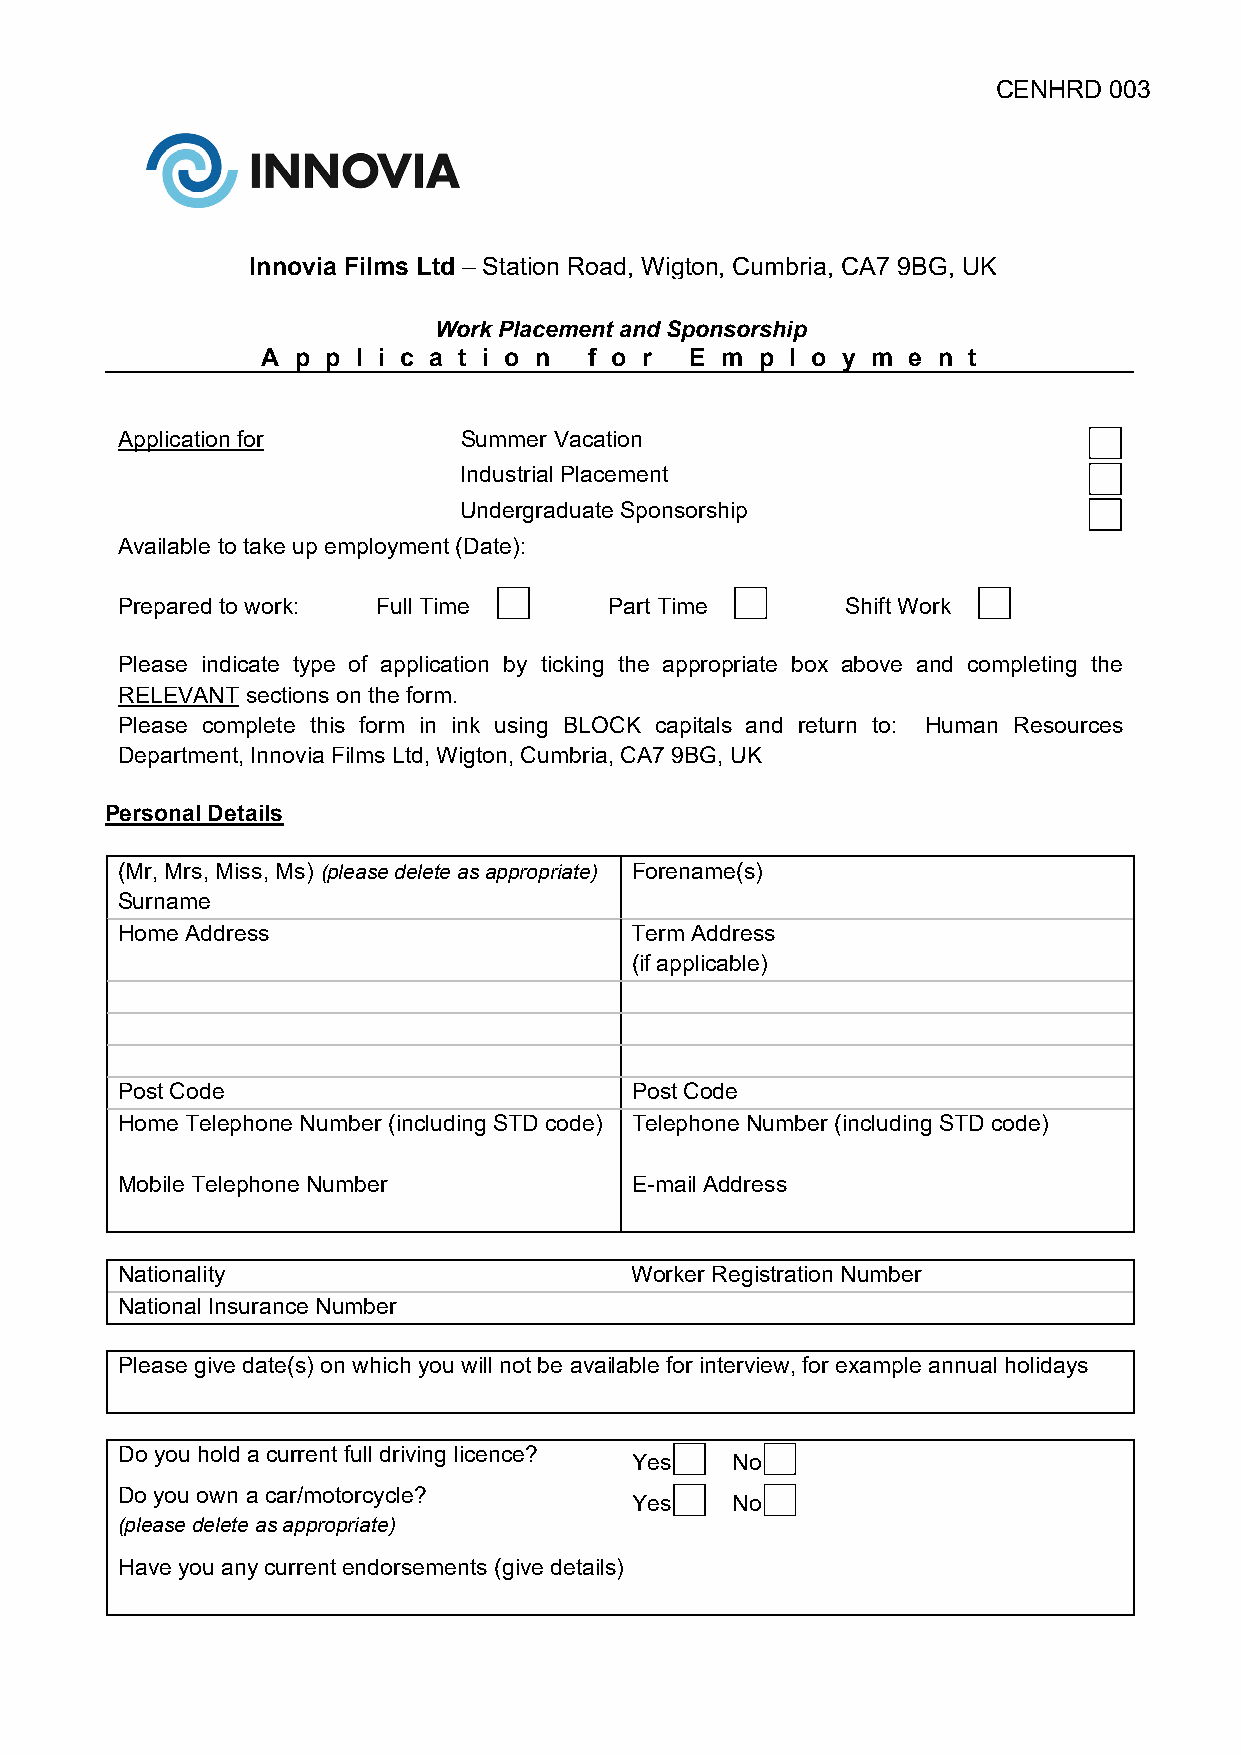
CENHRD 003
 Innovia Films Ltd – Station Road, Wigton, Cumbria, CA7 9BG, UK
 Work Placement and Sponsorship
 A p  p l i c a t i o n f o r E m p l o y m e n t
 Application for       Summer Vacation
 Industrial Placement
 Undergraduate Sponsorship
 Available to take up employment (Date):
 Prepared to work: Full Time     Part Time       Shift Work
 Please indicate type of application by ticking the appropriate box above and completing the
 RELEVANT sections on the form.
 Please complete this form in ink using BLOCK capitals and return to: Human Resources
 Department, Innovia Films Ltd, Wigton, Cumbria, CA7 9BG, UK
 Personal Details
 (Mr, Mrs, Miss, Ms) (please delete as appropriate) Forename(s)
 Surname
 Home Address                      Term Address
 (if applicable)
 Post Code                         Post Code
 Home Telephone Number (including STD code) Telephone Number (including STD code)
 Mobile Telephone Number           E-mail Address
 Nationality                       Worker Registration Number
 National Insurance Number
 Please give date(s) on which you will not be available for interview, for example annual holidays
 Do you hold a current full driving licence?
 Yes   No
 Do you own a car/motorcycle?
 Yes   No
 (please delete as appropriate)
 Have you any current endorsements (give details)